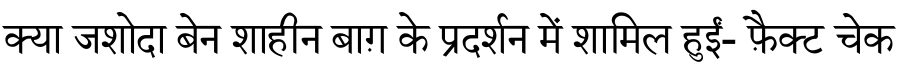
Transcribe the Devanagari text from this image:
क्या जशोदा बेन शाहीन बाग़ के प्रदर्शन में शामिल हुईं- फ़ैक्ट चेक